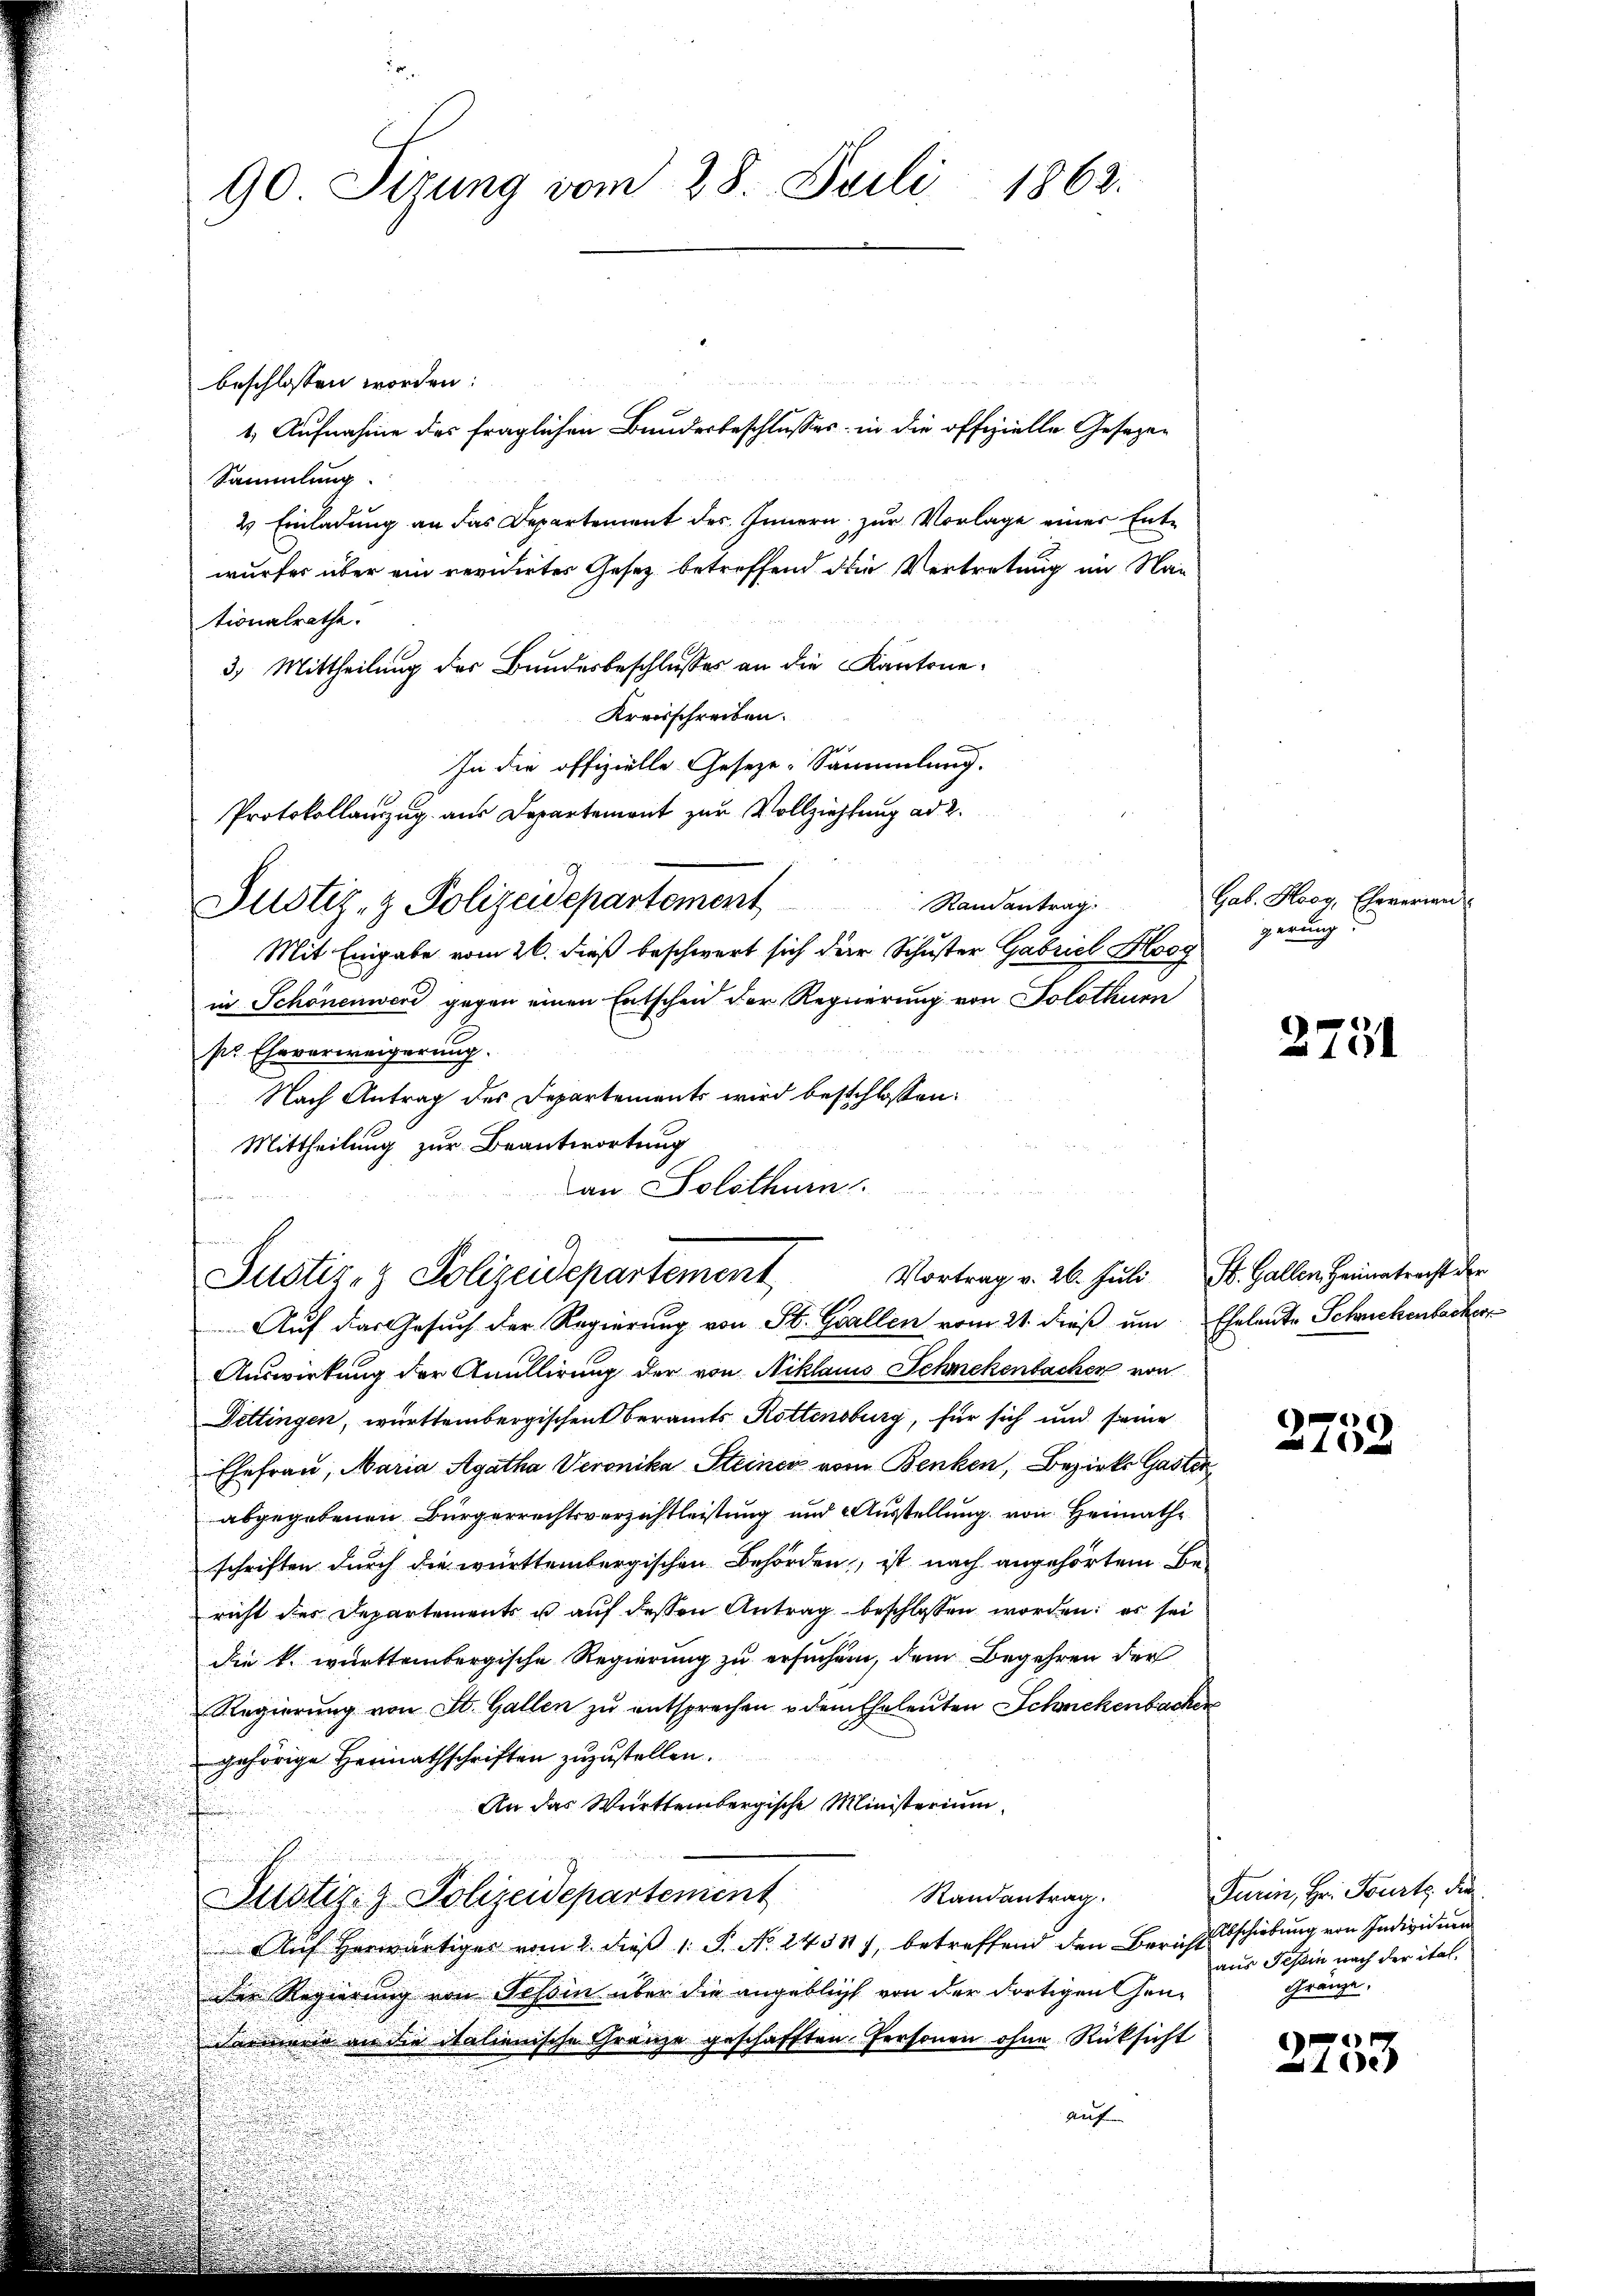
90 Sizung vom 28. Juli 1863.

beschlossen worden:
Sammlung.
2 Einladung an das Departement des Innern zur Vorlage einer Entwurfes über ein revidirtes Gesetz betreffend die Vertretung im Nam
tionalrathe.
3) Mittheilung des Bundesbeschlusses an die Kantone¬
Kreisschreiben.
In die offizielle Geseze-Sammlung.
Protokollanzug aus Departemont zur Vollziehung ad 2.
Ramantrag:
Justiz- & Polizeidepartement
Mit Eingabe vom 26. dieß beschwert sich der Schuster Gabriel Hoog
in Schönenwerd gegen einen Entscheid der Regierung von Solothurn
ss Eheverweigerung.
Nach Antrag des Departements wird beschlossen:
Mittheilung zur Beantwortung
an Solothurn
Primar un

u
f
Vortrag v. 26. Juli St. Gallen, Heimatracht der
Justiz- & Polizeidepartement
Auf das Gesuch der Regierung von St. Gallen vom 21. dieß um Eheleute Schnekenbacher

1. Aufnahme des fraglichen Bundesbeschlusses, in die offizielle Geseze¬

Gab. Hocy, Ehererien
gerung

Auswirkung der Anullirung der von Niklaus Schmekenbachen von
Dettingen, württembergischen beramts Rottensburg, für sich und seine
Ehefrau, Maria Agatha Veronika Steiner vom Benken, Bezirks Gasten
abgegebenen Bürgerrechtsverzichtleistung und Ausstellung von Heimathe
schriften durch die württembergischen Behörden, ist nach angehörtem Be-
richt des Departements u auf dessen Antrag beschlossen worden; es sei
die k. württembergische Regierung zu ersuchen, dem Begehren der
Regierung von St. Gallen zu entsprechen u dem Eheleuten Schnekenbacher
gehörige Heimathschriften zuzustellen.
An das Württembergische Ministerium
Randantrag.
Justiz- & Polizeidepartement
Auf herwärtiges vom 2. dieß 1 S. No. 24381), betreffend den Bericht schiebung von Individuen
der Regierung von Tessin über die angeblicht von der dortigen Gendarmerie an die italienische Gränze geschafften Personen ohne Rücksicht
auf

2751

6
a

Furin, Hr. Fourtz die
aus Tessin nach der ital.
Gränze.

217
¬
e